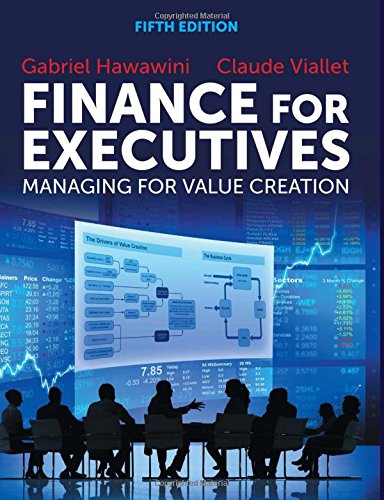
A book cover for Finance for Executives: Managing for Value Creation; Claude Viallet; Business & Money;